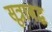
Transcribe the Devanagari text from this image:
सूत्राबद्ध